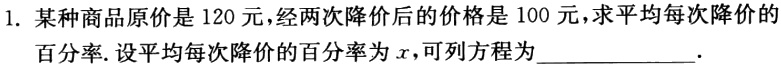
1. 某种商品原价是 120 元，经两次降价后的价格是 100 元，求平均每次降价的

百分率. 设平均每次降价的百分率为\(x\)，可列方程为______________.